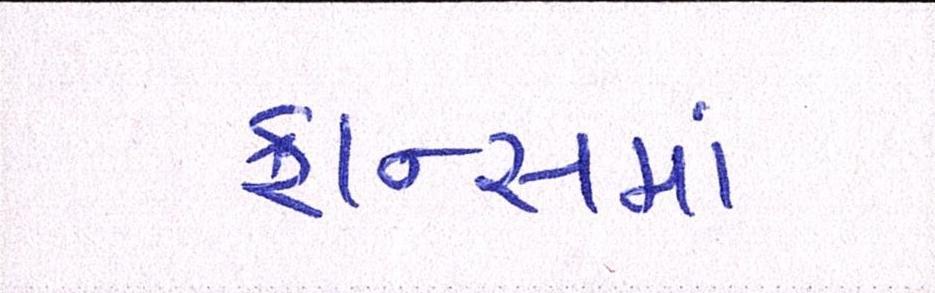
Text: ફ્રાન્સમાં